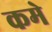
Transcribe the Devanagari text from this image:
कमे